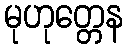
မုဟုတ္တေန